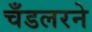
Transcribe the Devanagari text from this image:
चँडलरने